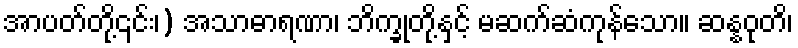
အာပတ်တို့၎င်း၊) အသာဓာရဏာ၊ ဘိက္ခုတို့နှင့် မဆက်ဆံကုန်သော။ ဆန္နဝုတိ၊